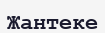
Жантеке